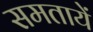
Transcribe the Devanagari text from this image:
समतायें